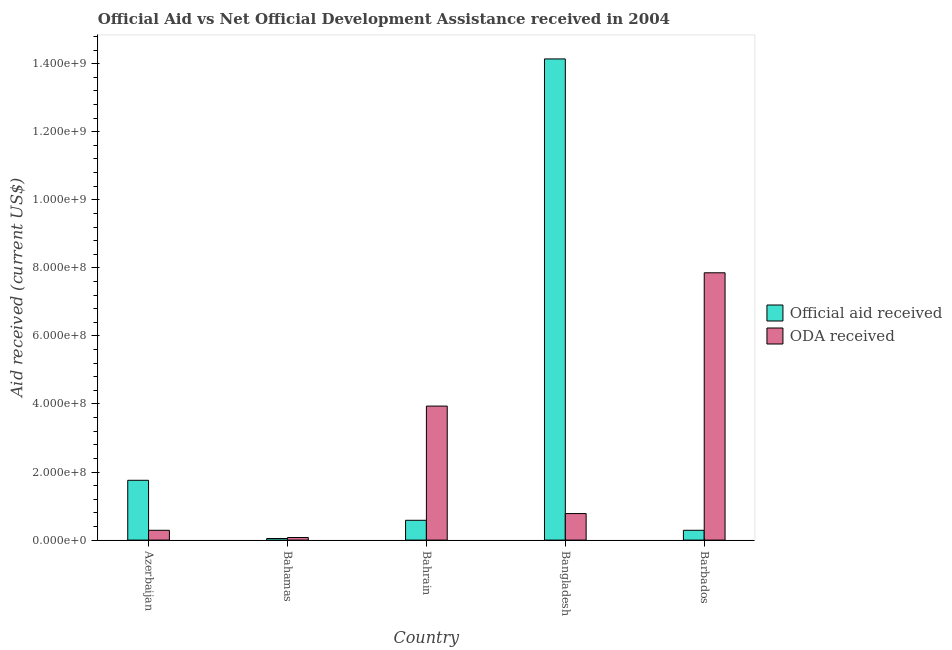
| Country | Official aid received | ODA received |
 | --- | --- | --- |
 | Azerbaijan | 1.76e+08 | 2.88e+07 |
 | Bahamas | 4.75e+06 | 7.58e+06 |
 | Bahrain | 5.82e+07 | 3.94e+08 |
 | Bangladesh | 1.41e+09 | 7.8e+07 |
 | Barbados | 2.88e+07 | 7.85e+08 |